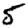
Digit: 5